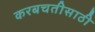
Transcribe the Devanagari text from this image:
करबचतीसाठी